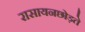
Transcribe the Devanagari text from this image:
रासायनछोड़ते